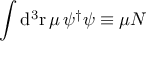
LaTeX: \int \mathrm { d } ^ { 3 } \mathrm { r \, } \mu \, \psi ^ { \dagger } \/ \psi \equiv \mu N